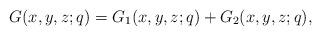
LaTeX: \begin{align*}G(x,y,z;q)=G_1(x,y,z;q)+G_2(x,y,z;q),\end{align*}